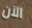
الآن